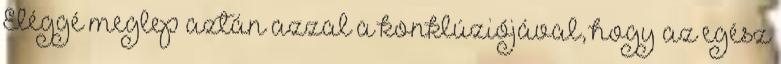
Eléggé meglep aztán azzal a konklúziójával, hogy az egész